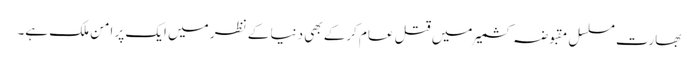
بھارت مسلسل مقبوضہ کشمیر میں قتل عام کرکے بھی دنیا کے نظر میں ایک پر امن ملک ہے۔